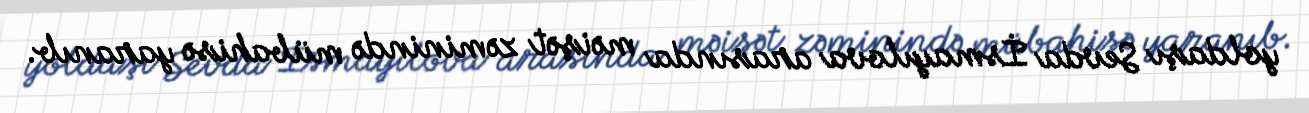
yoldaşı Sevda İsmayılova arasında məişət zəminində mübahisə yaranıb.